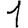
Digit: 1